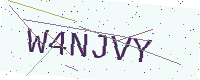
Text: W4NJVY